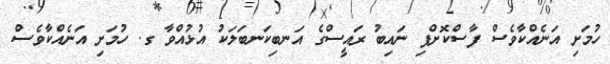
ހުމަށި އަނެއްކާވެސް ފާސްކޮށްފި ނައިބު ރައީސްގެ އަނބިކަނބަލަކު އުޅުއްވާ ގ. ހުމަށި އަނެއްކާވެސް